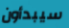
سيبدأون